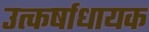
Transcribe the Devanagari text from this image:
उत्कर्षाधायक